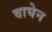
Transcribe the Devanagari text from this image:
वाघेन